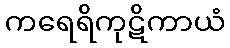
ကရေရိကုဋိကာယံ